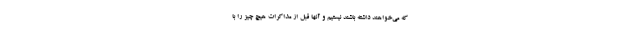
که می‌خواهند داشته باشند نیستیم و آنها قبل از مذاکرات هیچ چیز را با